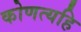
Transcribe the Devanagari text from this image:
कोणत्यहि